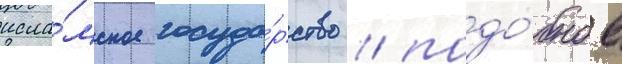
исла́мское госуда́рство / подо́бное